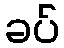
ခပ်